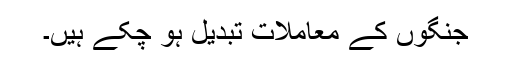
جنگوں کے معاملات تبدیل ہو چکے ہیں۔